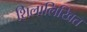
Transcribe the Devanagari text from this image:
शिलालिखित